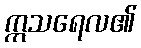
ဣသရေလ၏